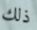
ذلك